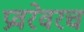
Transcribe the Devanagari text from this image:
प्रवरेवरच